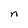
Character: n